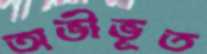
অভীভূত